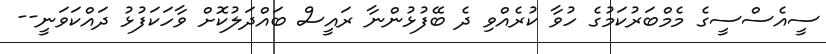
ސީއެސްސީގެ މެމްބަރުކަމުގެ ހުވާ ކުރެއްވި ދެ ބޭފުޅުންނާ ރައީސް ބައްދަލުކޮށް ވާހަކަފުޅު ދައްކަވަނީ--